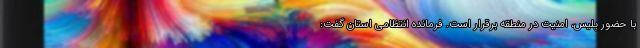
با حضور پلیس، امنیت در منطقه برقرار است. فرمانده انتظامی استان گفت: